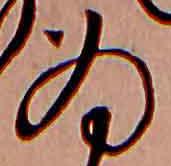
為